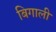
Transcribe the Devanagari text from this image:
बिगाली